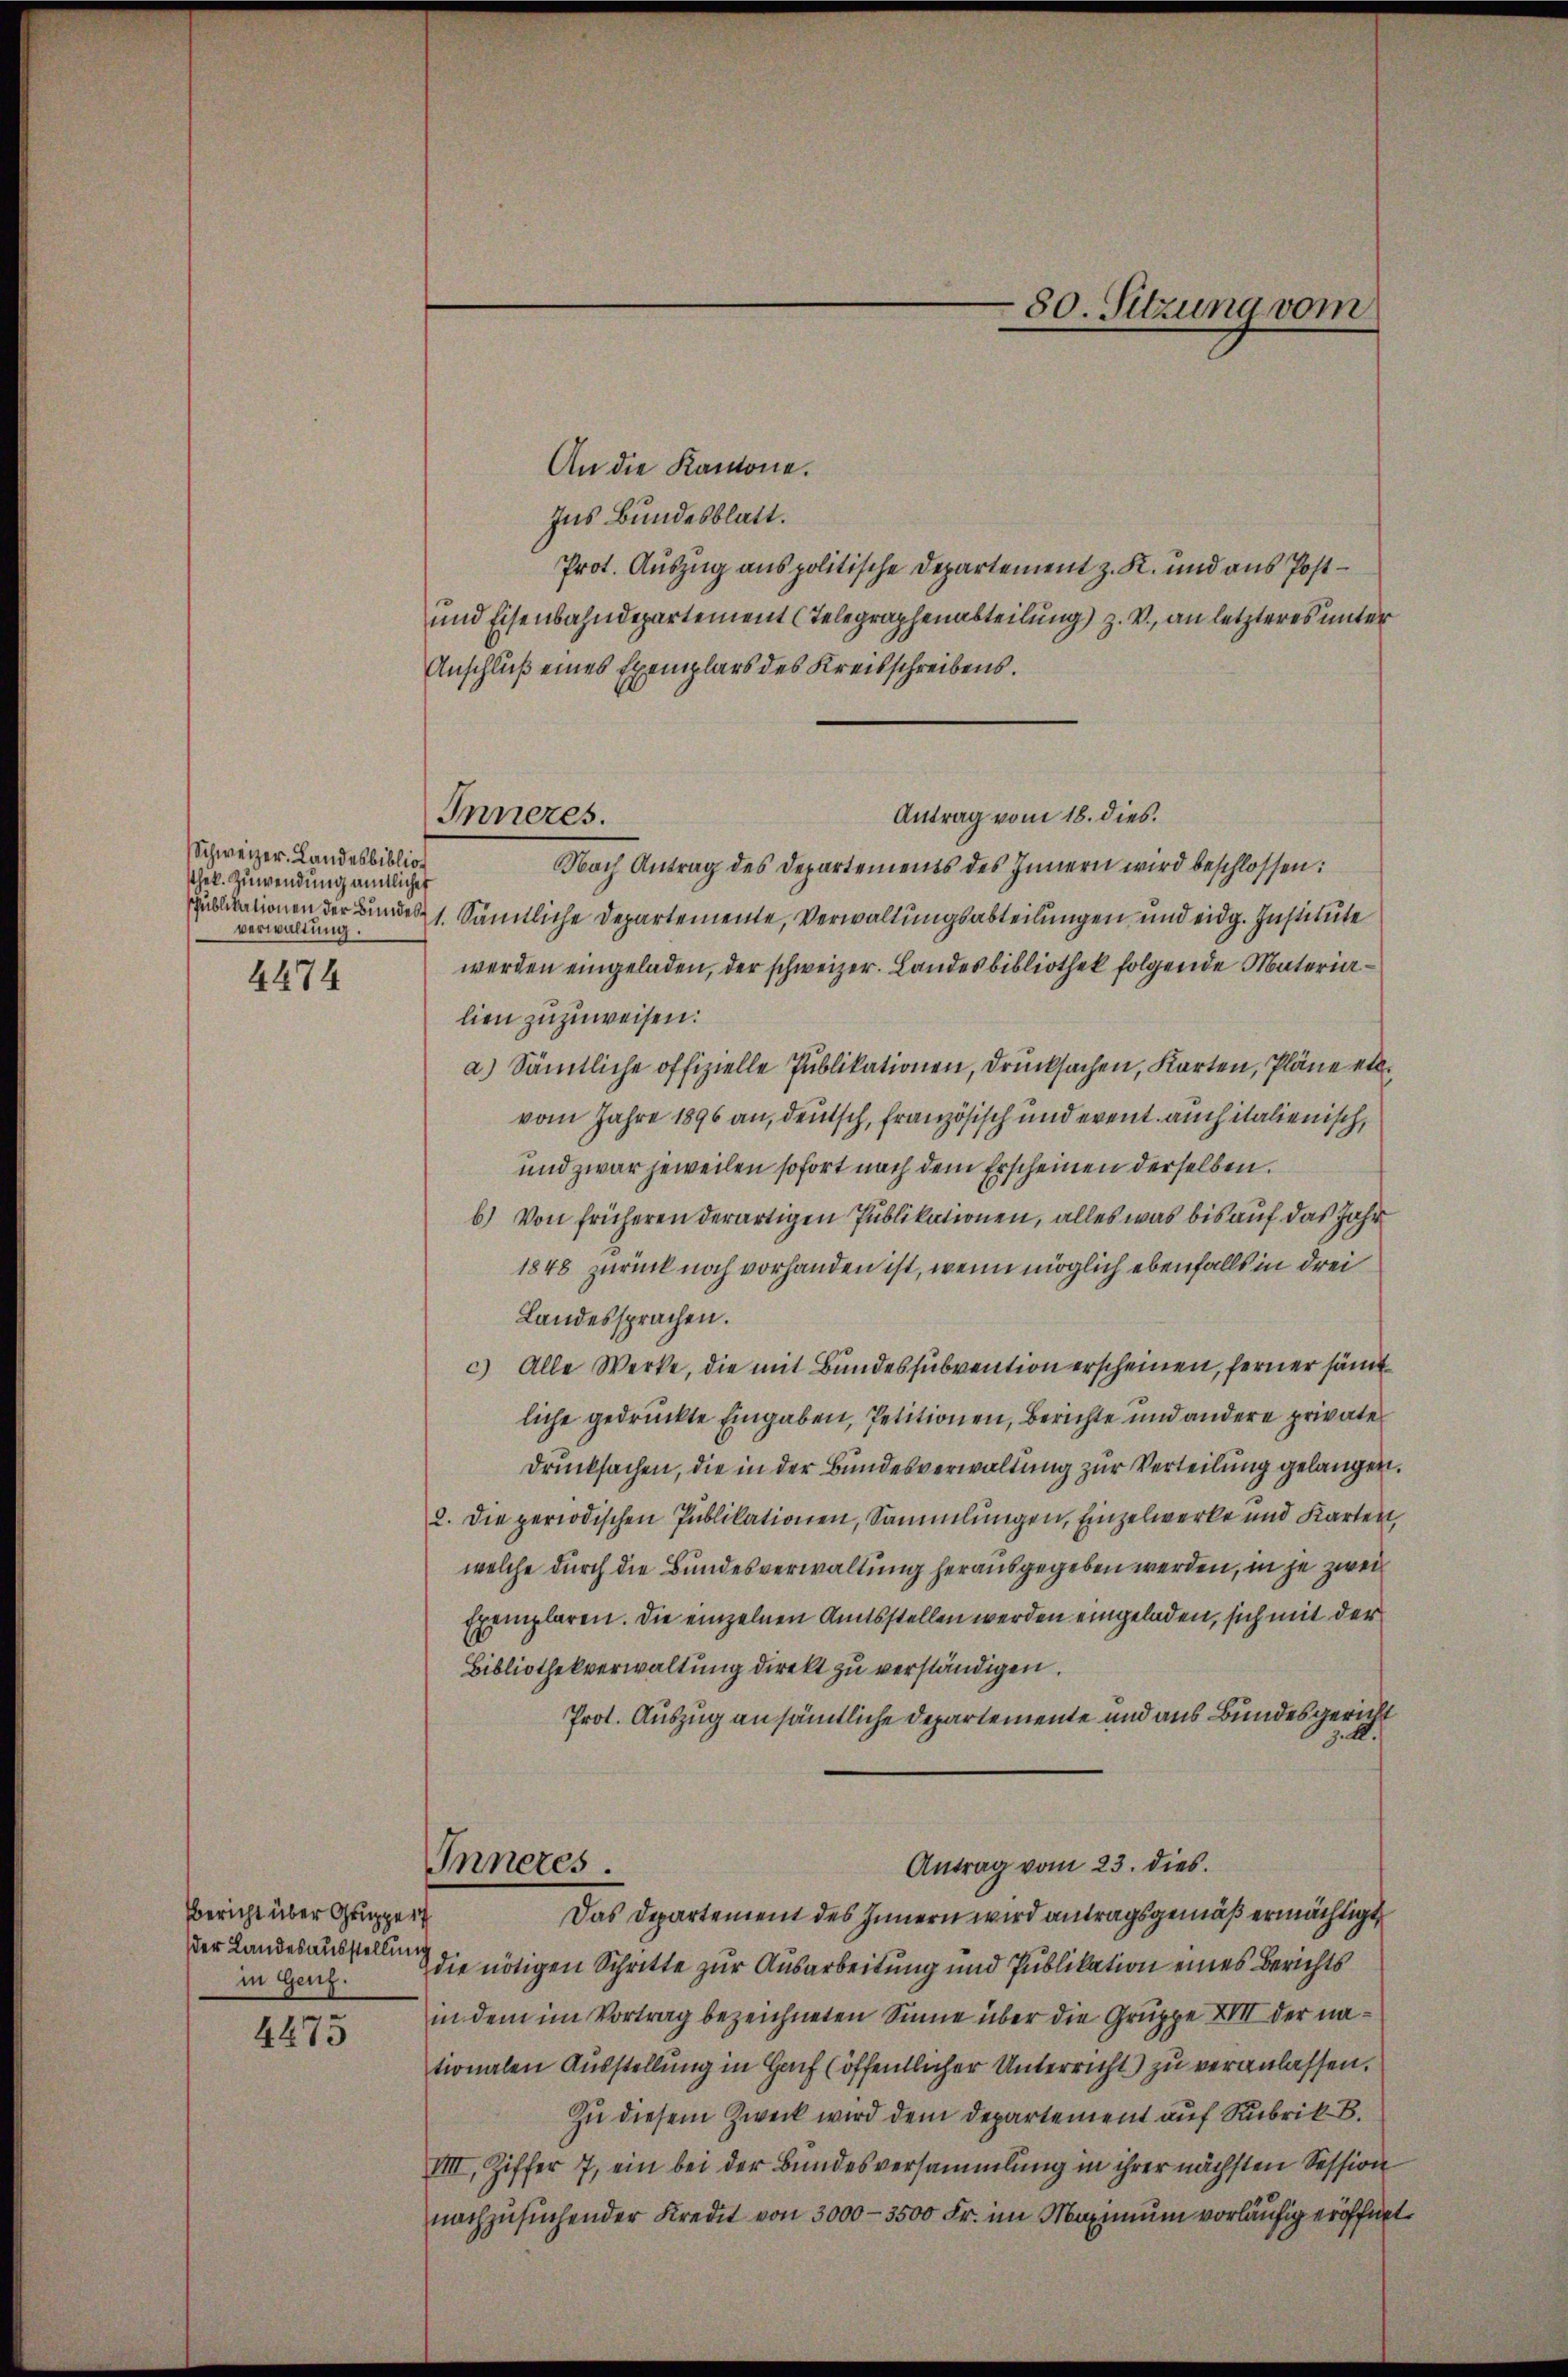
Schweizer Landesbibliot
sthek. Zuwendung amtlicher
verwaltung.

4474

Bericht über Gruppe 17
der Landesausstellung
in Genf.

4475

Inneres.

80. Sitzung vom

An die Kantone.
Ins Bundesblatt.
Prot. Auszug aus politische Departement z. K. und aus Post¬
und Eisenbahndepartement (Telegraphenabteilung) z. V., an letzteres unter
Anschluß eines Exemplars des Kreisschreibens.
Antrag vom 18. dies.
Nach Antrag des Departements des Innern wird beschlossen:
publikationen der Bundes 1. Sämtliche Departemente, Verwaltungsabteilungen und eidg. Institute
werden eingeladen, der schweizer. Landesbibliothek folgende Materialien zuzuweisen.
a) Sämtliche offizielle Publikationen, drucksachen, Karten, Pläne etc.
vom Jahre 1896 an, deutsch, französisch und event. auch italienisch,
und zwar jeweilen sofort nach dem Erscheinen derselben.
b) Von früheren derartigen Publikationen, alles was bis auf das Jahr
1848 zurück noch vorhanden ist, wenn möglich ebenfalls in drei
Landessprachen.
c) Alle Werke, die mit Bundessubvention erscheinen, ferner sämtliche gedruckte Eingaben, Petitionen, Berichte und andere private
drucksachen, die in der Bundesverwaltung zur Verteilung gelangen,
2. Die periodischen Publikationen, Sammlungen, Einzelwerke und Karten,
welche durch die Bundesverwaltung herausgegeben werden, in je zwei
Exemplaren. Die einzelnen Amtsstellen werden eingeladen, sich mit der
Bibliothekverwaltung direkt zu verständigen.
Prot. Auszug an sämtliche Departemente und aus Bundesgericht
z. I.
Inneres.
Antrag vom 23. dies
Das Departement des Innern wird antragsgemäß ermächtigt
die nötigen Schritte zur Ausarbeitung und Publikation eines Berichts
in dem im Vortrag bezeichneten Sinne über die Gruppe XVII der nationalen Ausstellung in Haf (öffentlicher Unterricht) zu veranlassen.
Zu diesem Zweck wird dem Departement auf Rubrik B.
VIII, Ziffer 7, ein bei der Bundesversammlung in ihrer nächsten Session
nachzusuchender Kredit von 3000-3500 Fr. im Maximum vorläufig eröffne

t